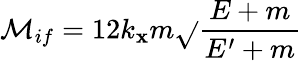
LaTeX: {\cal{M}}_{if}=12k_{\mathbf{x}}m\sqrt{}{{\frac{{E+m}}{{E^{\prime}+m}}}}